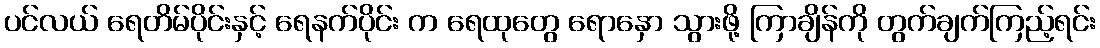
ပင်လယ် ရေတိမ်ပိုင်းနှင့် ရေနက်ပိုင်း က ရေထုတွေ ရောနှော သွားဖို့ ကြာချိန်ကို တွက်ချက်ကြည့်ရင်း